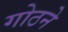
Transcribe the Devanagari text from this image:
गोठने